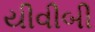
યીવીબી